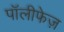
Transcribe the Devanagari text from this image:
पॉलीफेज़